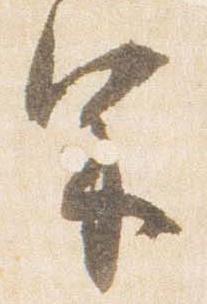
宗